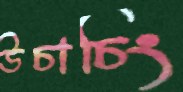
উচাচিং